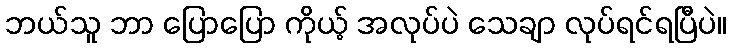
ဘယ်သူ ဘာ ပြောပြော ကိုယ့် အလုပ်ပဲ သေချာ လုပ်ရင်ရပြီပဲ။